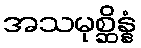
အသမုစ္ဆိန္နံ